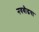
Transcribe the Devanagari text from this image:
नवबौद्धचा